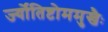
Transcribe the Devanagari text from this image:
र्ज्योतिष्टोममुखैः